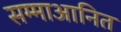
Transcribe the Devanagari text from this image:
सम्माआनित